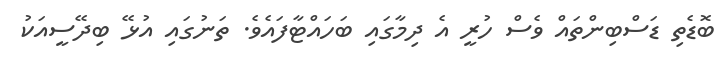
ބޮޑެތި ޑަސްބިންތައް ވެސް ހުރީ އެ ދިމާގައި ބަހައްޓާފައެވެ. ތަނުގައި އުޅޭ ބިދޭސީއަކު